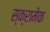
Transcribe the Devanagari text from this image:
स्क्रामेक